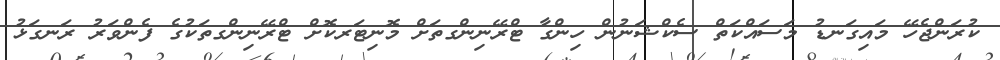
ކުރަންޖެހޭ މައިގަނޑު މަސައްކަތް ސެކްޝަނުން ހިންގާ ޓްރޭނިންގތަށް މޮނިޓަރކޮށް ޓްރޭނިންގތަކުގެ ފެންވަރު ރަނގަޅު